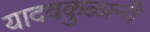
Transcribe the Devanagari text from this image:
यादवकुळानी